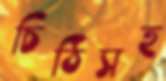
চিঠিসহ